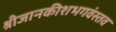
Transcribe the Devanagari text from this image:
श्रीजानकीशभगवंस्तव